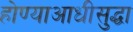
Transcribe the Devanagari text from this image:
होण्याआधीसुद्धा